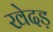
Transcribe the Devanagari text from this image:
खेदड़